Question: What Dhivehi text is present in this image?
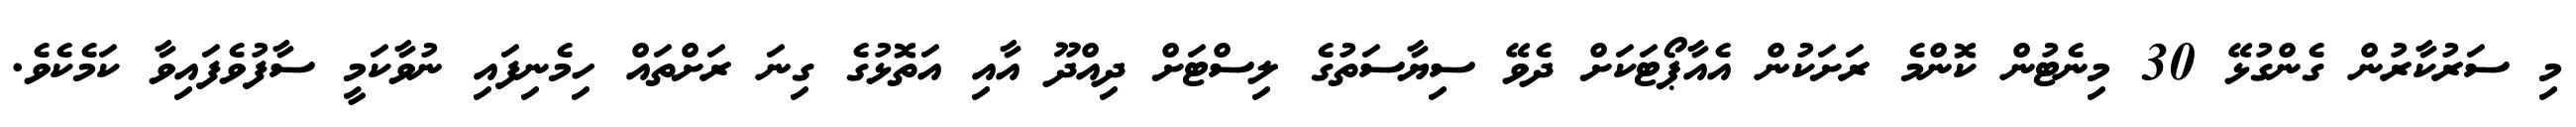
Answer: މި ސަރުކާރުން ގެންގުޅޭ 30 މިނެޓުން ކޮންމެ ރަށަކުން އެއާޕޯޓަކަށް ދެވޭ ސިޔާސަތުގެ ލިސްޓަށް ދިއްދޫ އާއި އަތޮޅުގެ ގިނަ ރަށްތައް ހިމެނިފައި ނުވާކަމީ ސާފުވެފައިވާ ކަމެކެވެ.